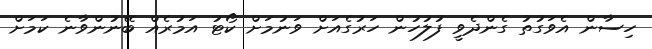
ހިސާން އެވަގުތު ގެންދެވީ ފުލުހުން ހަރުގެއަށް ވަނުމަށް ކޯޓު އަމުރެއް ބޭނުންވާނެ ކަމަށް